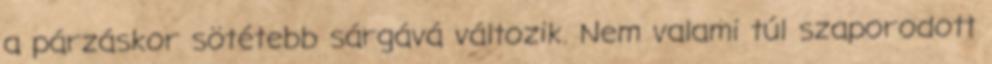
a párzáskor sötétebb sárgává változik. Nem valami túl szaporodott